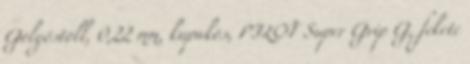
Golyóstoll, 0,22 mm, kupakos, PILOT Super Grip G, fekete